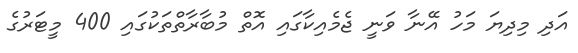
އަދި މިދިޔަ މަހު އޭނާ ވަނީ ޖެމެއިކާގައި އޮތް މުބާރާތްތަކުގައި 400 މީޓަރުގެ